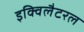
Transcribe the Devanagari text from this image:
इक्विलैटरल